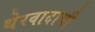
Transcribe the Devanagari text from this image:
थेरवादाची